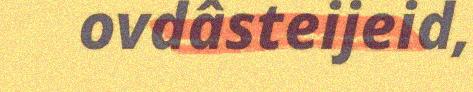
ovdâsteijeid,